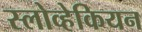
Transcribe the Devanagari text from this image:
स्लोव्हेकियन